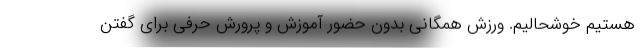
هستیم خوشحالیم. ورزش همگانی بدون حضور آموزش و پرورش حرفی برای گفتن